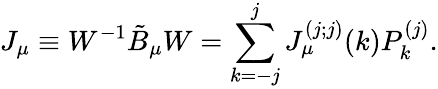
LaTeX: J_{\mu}\equiv W^{-1}\tilde{B}_{\mu}W=\sum_{k=-j}^{j}J_{\mu}^{(j;j)}(k)P_{k}^{(j)}.